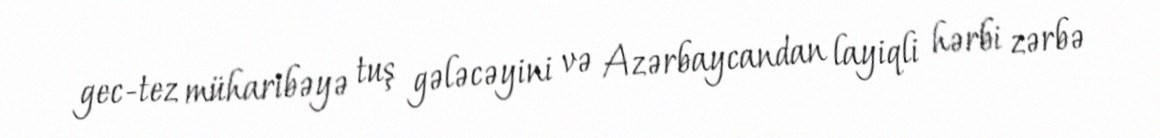
gec-tez müharibəyə tuş gələcəyini və Azərbaycandan layiqli hərbi zərbə